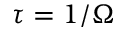
\tau = 1 / \Omega